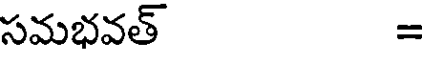
సమభవత్ =